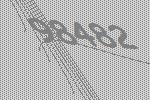
98482